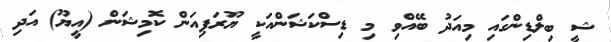
ޝީ ބިލްޑިންގައި މިއަދު ބޭއްވި މި ޑިސްކަޝަންއަކީ ޔޫރަޕިއަން ކޮމިޝަން (އީޔޫ) އަދި